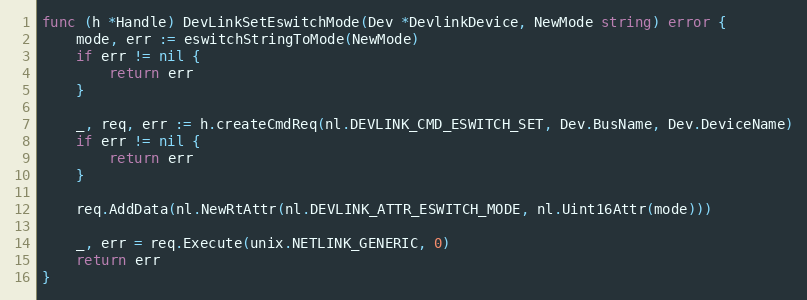
Language: Go
func (h *Handle) DevLinkSetEswitchMode(Dev *DevlinkDevice, NewMode string) error {
	mode, err := eswitchStringToMode(NewMode)
	if err != nil {
		return err
	}

	_, req, err := h.createCmdReq(nl.DEVLINK_CMD_ESWITCH_SET, Dev.BusName, Dev.DeviceName)
	if err != nil {
		return err
	}

	req.AddData(nl.NewRtAttr(nl.DEVLINK_ATTR_ESWITCH_MODE, nl.Uint16Attr(mode)))

	_, err = req.Execute(unix.NETLINK_GENERIC, 0)
	return err
}